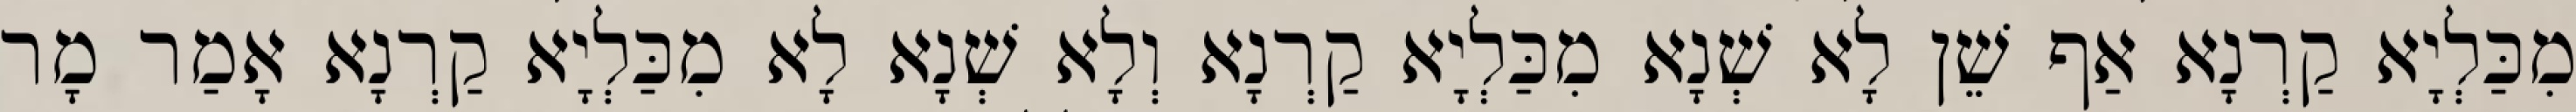
מִכַּלְיָא קַרְנָא אַף שֵׁן לָא שְׁנָא מִכַּלְיָא קַרְנָא וְלָא שְׁנָא לָא מִכַּלְיָא קַרְנָא אָמַר מָר